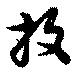
抆